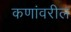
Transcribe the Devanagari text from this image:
कणांवरील